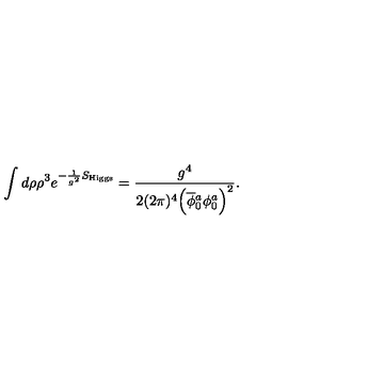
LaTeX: \int d \rho \rho ^ { 3 } e ^ { - \frac { 1 } { g ^ { 2 } } S _ { \mathrm { H i g g s } } } = \frac { g ^ { 4 } } { 2 ( 2 \pi ) ^ { 4 } \Big ( \overline { \phi } { } _ { 0 } ^ { a } \phi _ { 0 } ^ { a } \Big ) ^ { 2 } } .